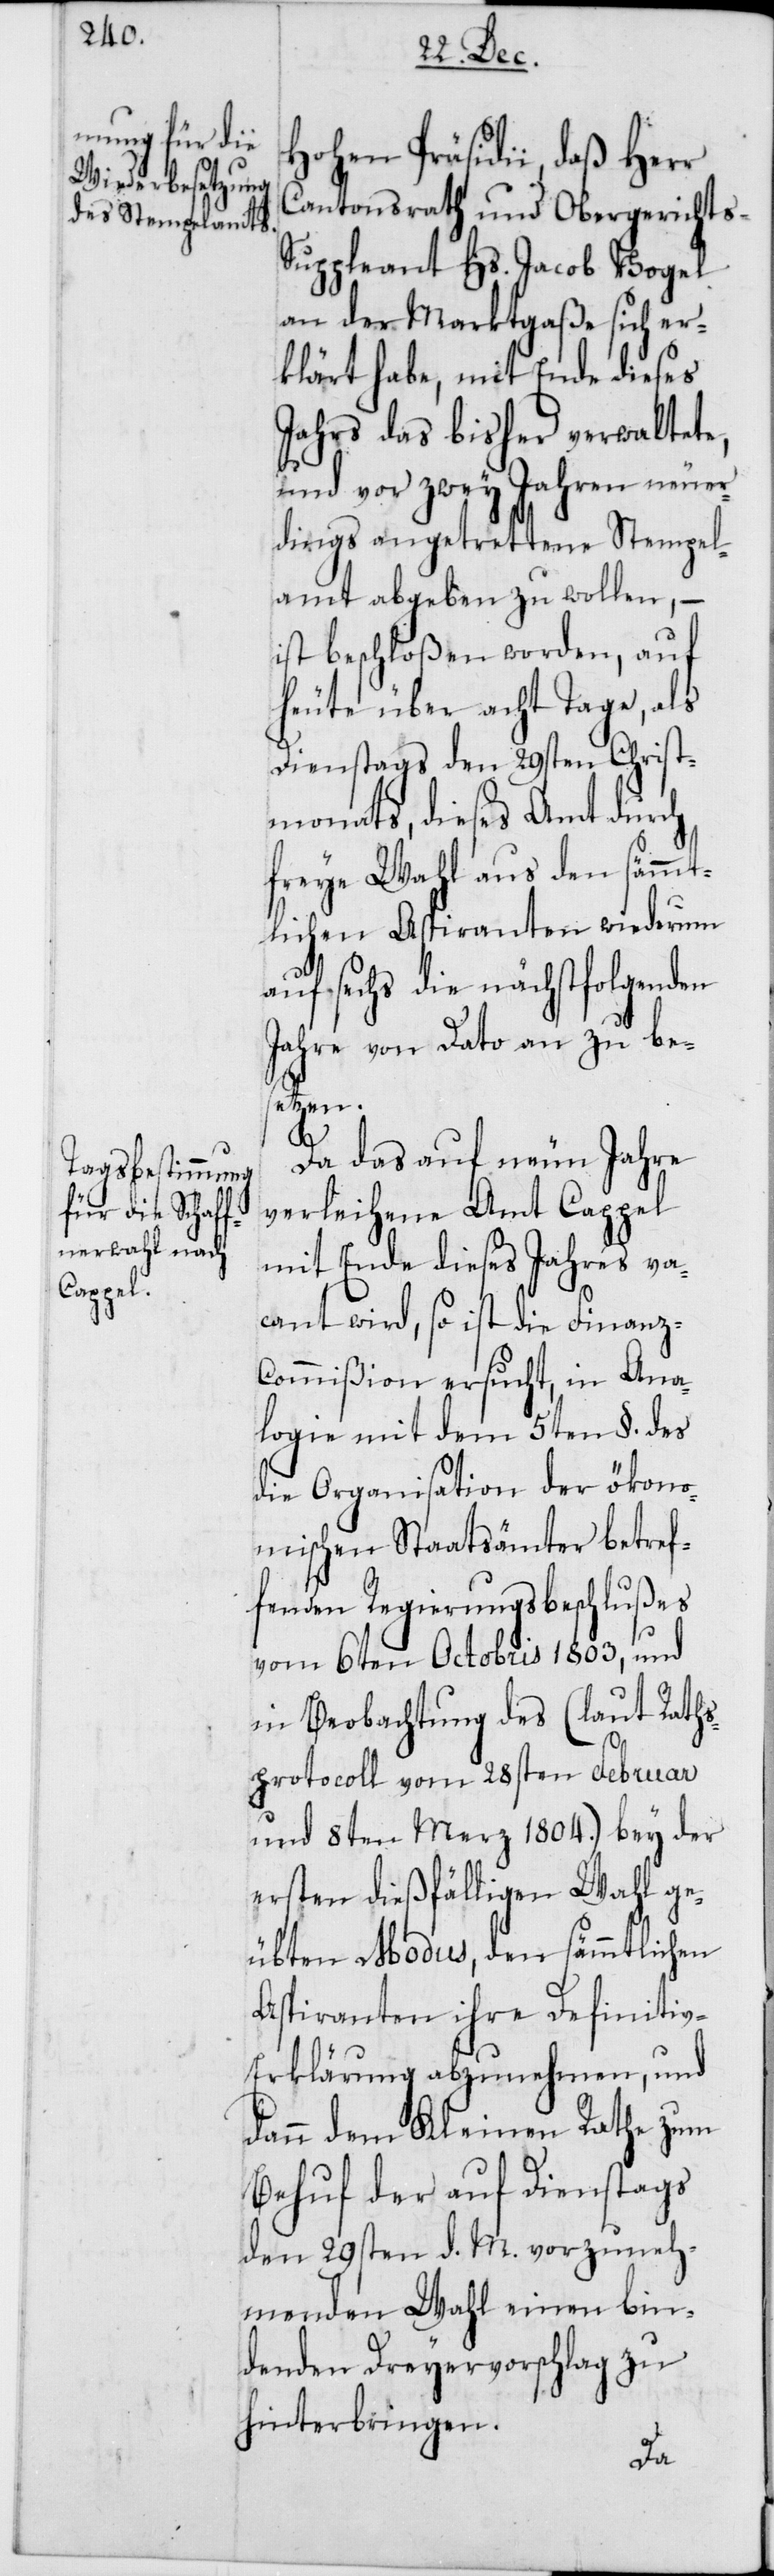
Hohen Präsidii, daß Herr
Cantonsrath und Obergerichts-S¬
uppleant Hs. Jacob Vogel
an der Marktgaße sich er¬
klärt habe, mit Ende dieses
Jahrs das bisher verwaltete,
und vor zwey Jahren neuer¬
dings angetrettene Stempel¬
amt abgeben zu wollen, –
ist beschloßen worden, auf
heute über acht Tage, als
Dienstags den 29sten Christ¬
monats, dieses Amt durch
freye Wahl aus den sämmt¬
lichen Aspiranten wiederum
auf sechs die nächstfolgenden
Jahre von Dato an zu be¬
setzen.
Da das auf neun Jahre
verleihene Amt Cappel
mit Ende dieses Jahres va¬
cant wird, so ist die Finan¬
z-Commißion ersucht, in Ana¬
logie mit dem 5ten §. des
die Organisation der ökono¬
mischen Staatsämmter betref¬
fenden Regierungsbeschlußes
vom 6ten Octobris 1803, und
in Beobachtung des (laut Raths¬
protocoll vom 28sten Februar
und 8ten Merz 1804.) bey der
ersten dießfälligen Wahl ge¬
übten Modus, den sämmtlichen
Aspiranten ihre Definiti¬
v-Erklärung abzunehmen, und
dann dem Kleinen Rathe zum
Behuf der auf Dienstags
den 29sten d. M. vorzuneh¬
menden Wahl einen bin¬
denden Dreyervorschlag zu
hinterbringen.